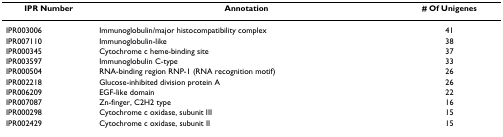
<table><thead><tr><td><b>IPR Number</b></td><td><b>Annotation</b></td><td><b># Of Unigenes</b></td></tr></thead><tbody><tr><td>IPR003006</td><td>Immunoglobulin/major histocompatibility complex</td><td>41</td></tr><tr><td>IPR007110</td><td>Immunoglobulin-like</td><td>38</td></tr><tr><td>IPR000345</td><td>Cytochrome c heme-binding site</td><td>37</td></tr><tr><td>IPR003597</td><td>Immunoglobulin C-type</td><td>33</td></tr><tr><td>IPR000504</td><td>RNA-binding region RNP-1 (RNA recognition motif)</td><td>26</td></tr><tr><td>IPR002218</td><td>Glucose-inhibited division protein A</td><td>26</td></tr><tr><td>IPR006209</td><td>EGF-like domain</td><td>22</td></tr><tr><td>IPR007087</td><td>Zn-finger, C2H2 type</td><td>16</td></tr><tr><td>IPR000298</td><td>Cytochrome c oxidase, subunit III</td><td>15</td></tr><tr><td>IPR002429</td><td>Cytochrome c oxidase, subunit II</td><td>15</td></tr></tbody></table>